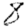
Digit: 8